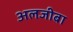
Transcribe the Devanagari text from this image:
अलजीबा